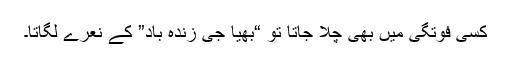
کسی فوتگی میں بھی چلا جاتا تو “بھیا جی زندہ باد” کے نعرے لگاتا۔